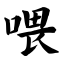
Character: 喂